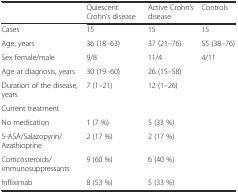
<table><thead><tr><td></td><td><b>Quiescent Crohn’s disease</b></td><td><b>Active Crohn’s disease</b></td><td><b>Controls</b></td></tr></thead><tbody><tr><td>Cases</td><td>15</td><td>15</td><td>15</td></tr><tr><td>Age, years</td><td>36 (18–63)</td><td>37 (21–76)</td><td>55 (38–76)</td></tr><tr><td>Sex female/male</td><td>9/8</td><td>11/4</td><td>4/11</td></tr><tr><td>Age at diagnosis, years</td><td>30 (19–60)</td><td>26 (15–58)</td><td></td></tr><tr><td>Duration of the disease, years</td><td>7 (1–21)</td><td>12 (1–26)</td><td></td></tr><tr><td>Current treatment</td><td></td><td></td><td></td></tr><tr><td>No medication</td><td>1 (7 %)</td><td>5 (33 %)</td><td></td></tr><tr><td>5-ASA/Salazopyrin/Azathioprine</td><td>2 (17 %)</td><td>2 (17 %)</td><td></td></tr><tr><td>Corticosteroids/immunosuppressants</td><td>9 (60 %)</td><td>6 (40 %)</td><td></td></tr><tr><td>Infliximab</td><td>8 (53 %)</td><td>5 (33 %)</td><td></td></tr></tbody></table>